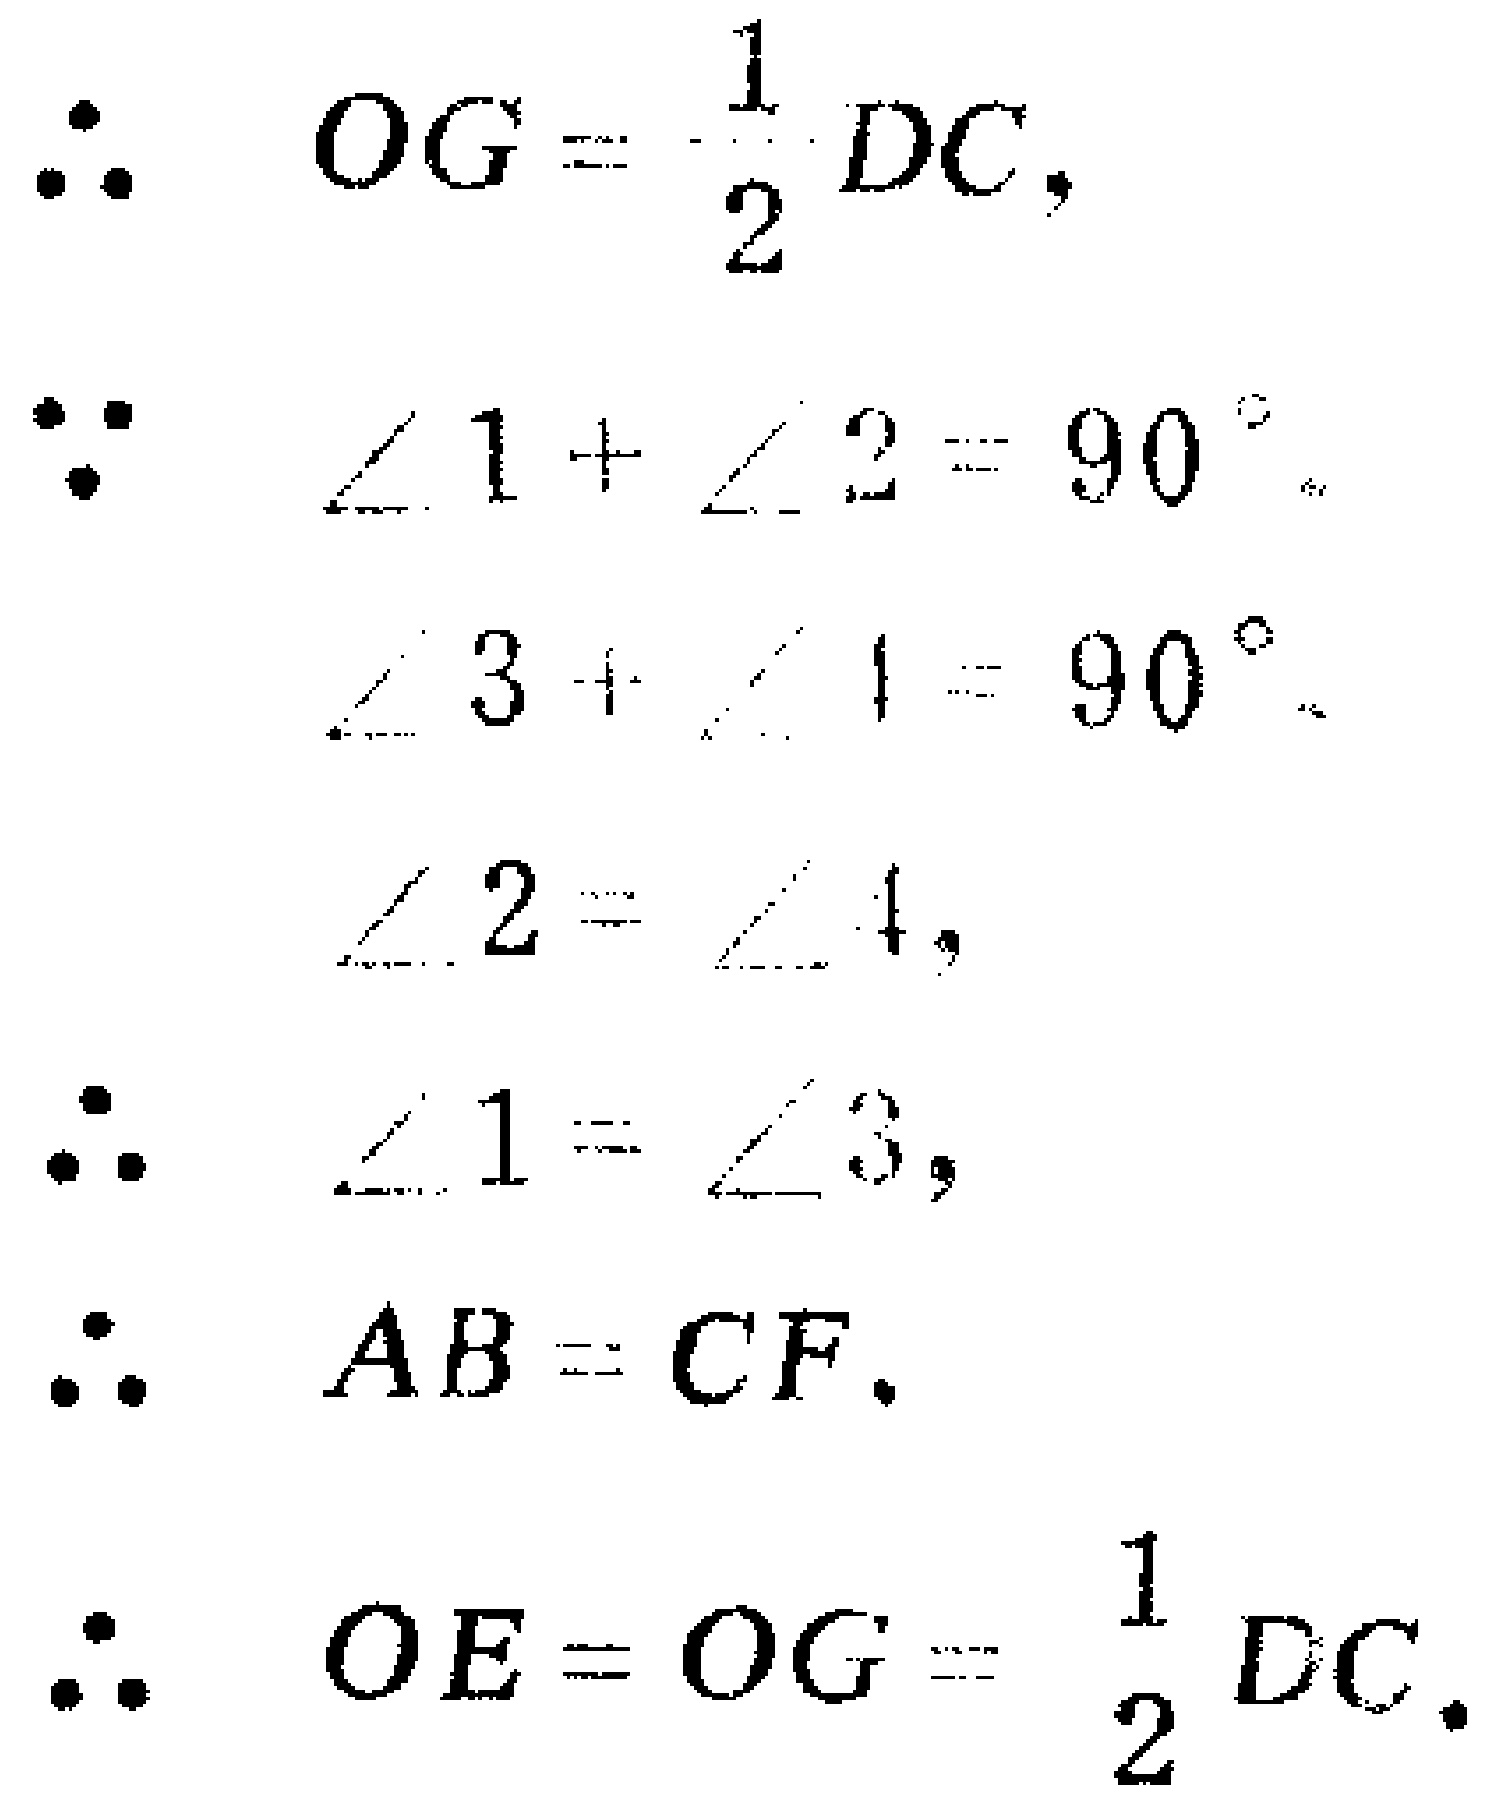
\[
\begin{align*}
\therefore\quad OG&=\frac{1}{2}DC,\\
\because\quad \angle 1+\angle 2&=90^{\circ},\\
\angle 3+\angle 1&=90^{\circ},\\
\angle 2&=\angle 4,\\
\therefore\quad \angle 1&=\angle 3,\\
\therefore\quad AB&=CF,\\
\therefore\quad OE&=OG=\frac{1}{2}DC.
\end{align*}
\]